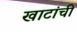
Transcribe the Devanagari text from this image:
खाटांची